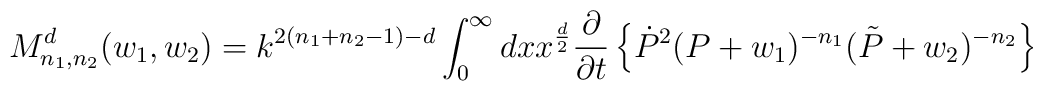
M_{n_1,n_2}^d(w_1,w_2) =k^{2(n_1+n_2-1)-d}\int_0^{\infty}dxx^{d\over{2}}\frac{\partial}{\partial{t}}\left\{\dot{P}^{2}(P+w_1)^{-n_1}(\tilde{P}+w_2)^{-n_2}\right\}